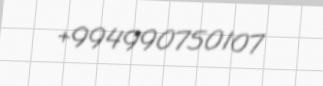
+994990750107